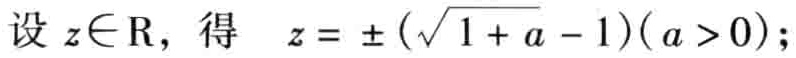
设 \(z\in\mathbb{R}\)，得 \(z = \pm(\sqrt{1 + a} - 1)(a > 0)\);